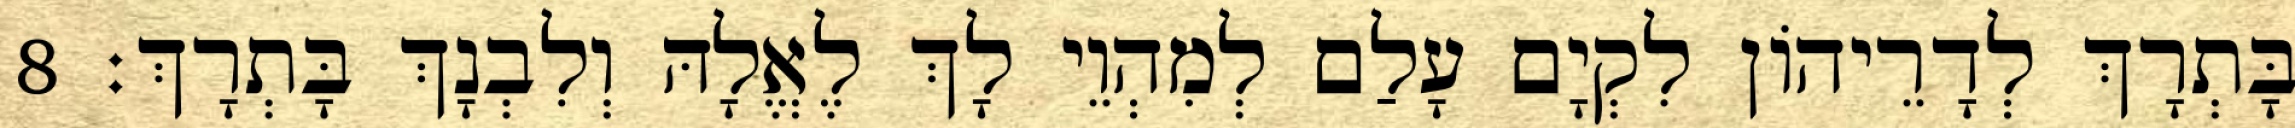
בָּתְרָךְ לְדָרֵיהוֹן לִקְיָם עָלַם לְמִהְוֵי לָךְ לֶאֱלָהּ וְלִבְנָךְ בָּתְרָךְ׃ 8